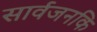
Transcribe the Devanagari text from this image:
सार्वजनकि